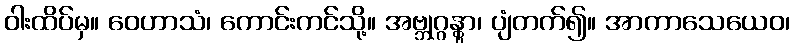
ဝါးထိပ်မှ။ ဝေဟာသံ၊ ကောင်းကင်သို့။ အဗ္ဘုဂ္ဂန္တွာ၊ ပျံတက်၍။ အာကာသေယေဝ၊